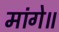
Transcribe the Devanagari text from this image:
मांगे॥